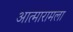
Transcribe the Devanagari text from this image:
आत्मारामला